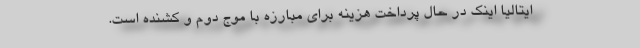
ایتالیا اینک در حال پرداخت هزینه برای مبارزه با موج دوم و کشنده است.